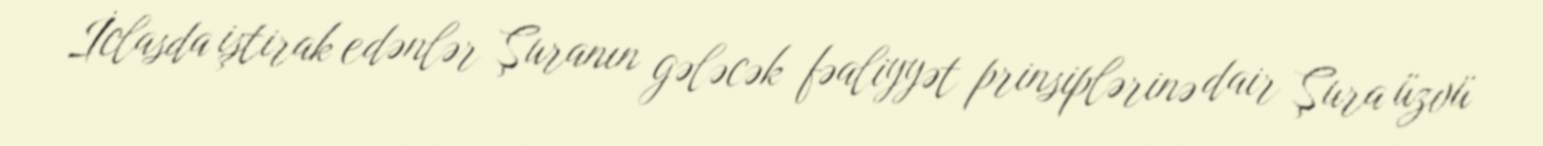
İclasda iştirak edənlər Şuranın gələcək fəaliyyət prinsiplərinə dair Şura üzvü